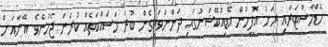
ހެޑްމާސްޓަރާއި ރަށު އޮފީހުން އެޑިއުކޭޝަނުގައި ދަންނަވައިގެން ބުރަ މަސައްކަތެއް ކުރަން ޖެހުނެވެ. އޭނާއަށް